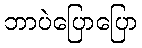
ဘာပဲပြောပြော